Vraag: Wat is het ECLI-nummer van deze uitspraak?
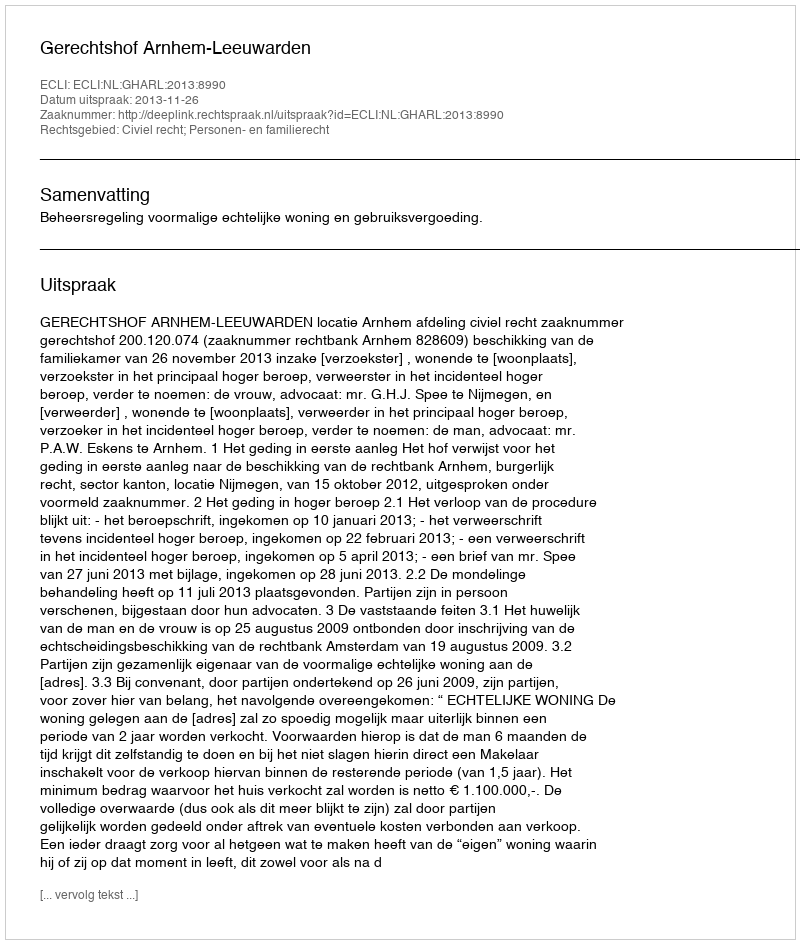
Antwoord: ECLI:NL:GHARL:2013:8990